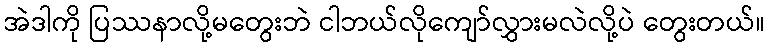
အဲဒါကို ပြဿနာလို့မတွေးဘဲ ငါဘယ်လိုကျော်လွှားမလဲလို့ပဲ တွေးတယ်။